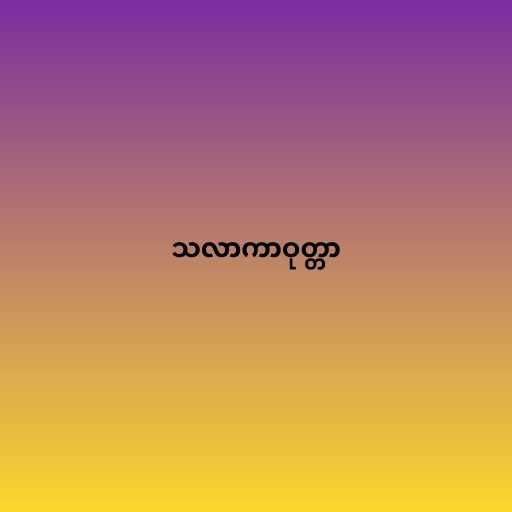
သလာကာဝုတ္တာ